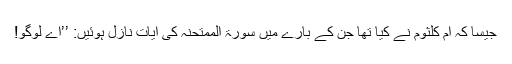
جیسا کہ ام کلثومؓ نے کیا تھا جن کے بارے میں سورۃ الممتحنہ کی آیات نازل ہوئیں: ’’اے لوگو!